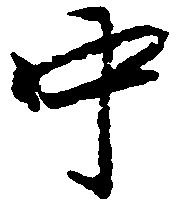
中